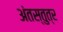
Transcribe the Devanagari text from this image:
अंतस्तुत्र